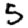
Digit: 5